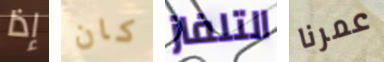
إذا كان التلفاز عمرنا